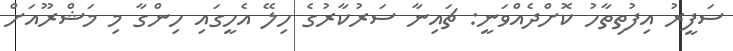
ސަފީރު އިފުތިތާހު ކޮށްދެއްވަނީ: ޗައިނާ ސަރުކާރުގެ ހިލޭ އެހީގައި ހިންގާ މި މަޝްރޫއަށް